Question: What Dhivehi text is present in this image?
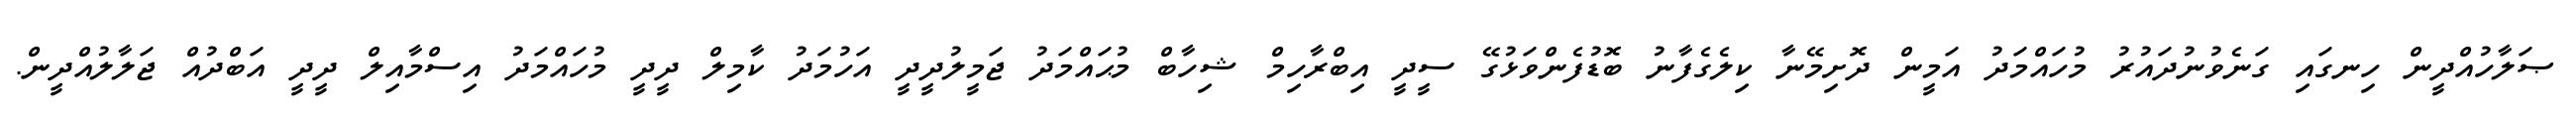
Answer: ޞަލާހުއްދީން ހިނގައި ގަނެވުނުދައުރު މުހައްމަދު އަމީން ދޮށިމޭނާ ކިލެގެފާނު ބޮޑުފެންވަޅުގޭ ސީދީ އިބްރާހިމް ޝިހާބް މުޙައްމަދު ޖަމީލުދީދީ އަހުމަދު ކާމިލް ދީދީ މުހައްމަދު އިސްމާއިލް ދީދީ އަބްދުއް ޖަލާލުއްދީން.